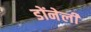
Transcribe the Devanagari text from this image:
डोंनेली